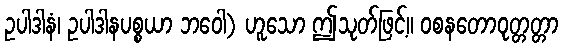
ဥပါဒါနံ၊ ဥပါဒါနပစ္စယာ ဘဝေါ) ဟူသော ဤသုတ်ဖြင့်။ ဝစနတောဝုတ္တတ္တာ